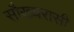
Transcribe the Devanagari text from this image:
सौख्यरासी